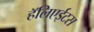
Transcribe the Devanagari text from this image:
हॅलिएईटस